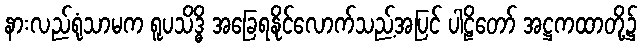
နားလည်ရုံသာမက ရူပသိဒ္ဓိ အခြေရနိုင်လောက်သည့်အပြင် ပါဠိတော် အဋ္ဌကထာတို့၌